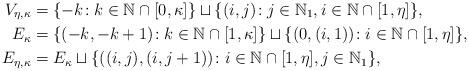
LaTeX: \begin{align*}V_{\eta,\kappa} &= \{-k\!: k \in \mathbb{N}\cap[0,\kappa] \} \sqcup \{(i,j)\!:j\in\mathbb{N}_{1}, i\in \mathbb{N}\cap[1,\eta] \},\\E_{\kappa} &= \{(-k,-k+1)\!: k\in \mathbb{N}\cap[1,\kappa] \}\sqcup \{(0,(i,1))\!: i\in\mathbb{N}\cap [1,\eta]\},\\E_{\eta,\kappa} &= E_{\kappa} \sqcup \{((i,j),(i,j+1))\!: i\in\mathbb{N}\cap[1,\eta],j\in\mathbb{N}_{1} \},\end{align*}